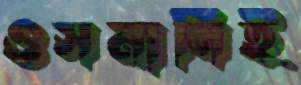
ওসমানিই